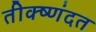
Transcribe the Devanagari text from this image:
तीक्ष्णंदत